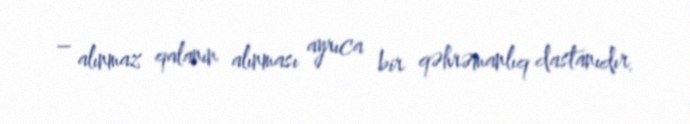
– alınmaz qalanın alınması ayrıca bir qəhrəmanlıq dastanıdır.